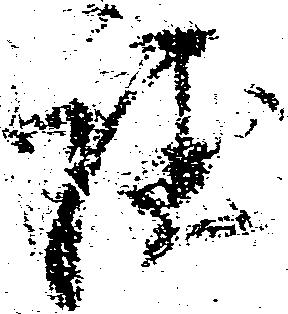
程